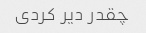
چقدر دیر کردی